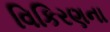
વિકિરણના